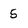
Character: 5